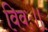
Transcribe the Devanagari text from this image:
विवः॥